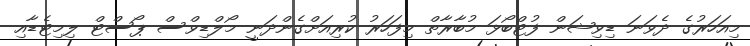
މިއަހަރުގެ ދެވަނަ ޑިވިޝަން ފުޓްބޯޅަ މުބާރާތް މިފަހަރު ކުރިއަށްގެންދަނީ މޯލްޑިވްސް ޕޯސްޓް ލިމިޓެޑާއި